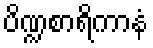
ပိဏ္ဍစာရိကာနံ